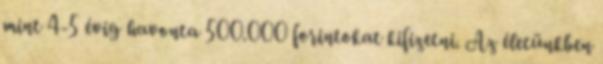
mint 4-5 évig havonta 500.000 forintokat kifizetni. Az életünkben